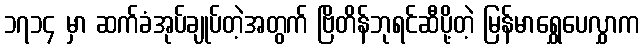
၁၇၁၄ မှာ ဆက်ခံအုပ်ချုပ်တဲ့အတွက် ဗြိတိန်ဘုရင်ဆီပို့တဲ့ မြန်မာရွှေပေလွှာက